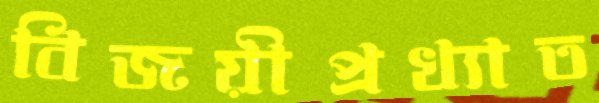
বিজয়ীপ্রখ্যাত